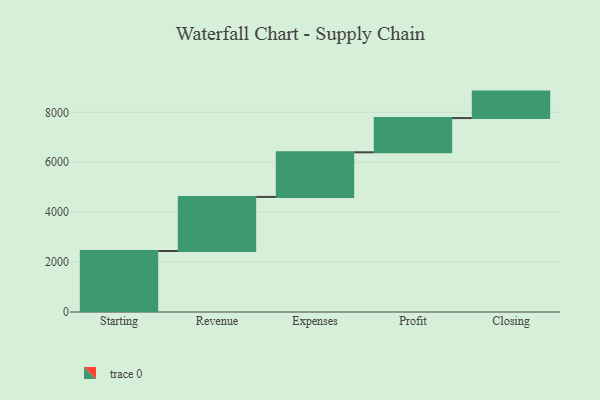
{"axis": {"x": "Step", "y": "Value"}, "legend": [""], "data": [{"x": "Starting", "y": 2445.0, "type": ""}, {"x": "Revenue", "y": 2166.0, "type": ""}, {"x": "Expenses", "y": 1788.0, "type": ""}, {"x": "Profit", "y": 1371.0, "type": ""}, {"x": "Closing", "y": 1061.0, "type": ""}]}